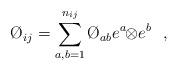
LaTeX: \begin{align*}\O_{ij}=\sum_{a,b=1}^{n_{ij}}\O_{ab}e^{a}\!\!\otimes\! e^{b} \ \ ,\end{align*}